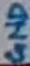
Text: GND